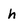
Character: h